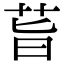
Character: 𦮂